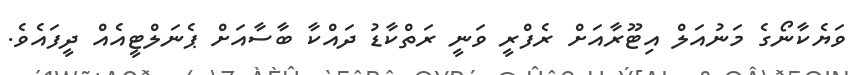
ވަޔެކާނޯގެ މަނުއަލް އިޓޫރާއަށް ރެފްރީ ވަނީ ރަތްކާޑު ދައްކާ ބާސާއަށް ޕެނަލްޓީއެއް ދީފައެވެ.